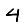
Digit: 4